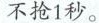
不抢1秒。